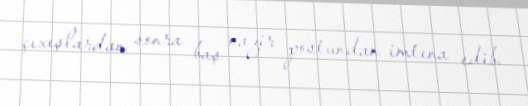
çıxışlardan sonra baş nazir postundan imtına edib.